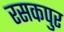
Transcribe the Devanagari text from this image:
रसकपुर